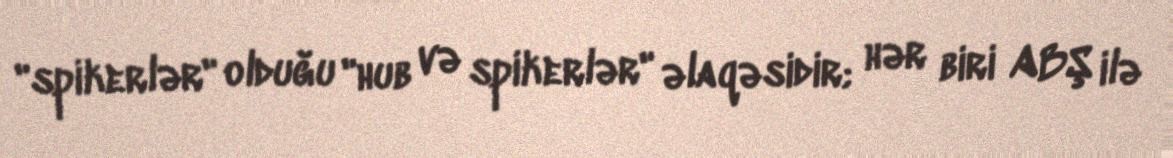
"spikerlər" olduğu "hub və spikerlər" əlaqəsidir; hər biri ABŞ ilə